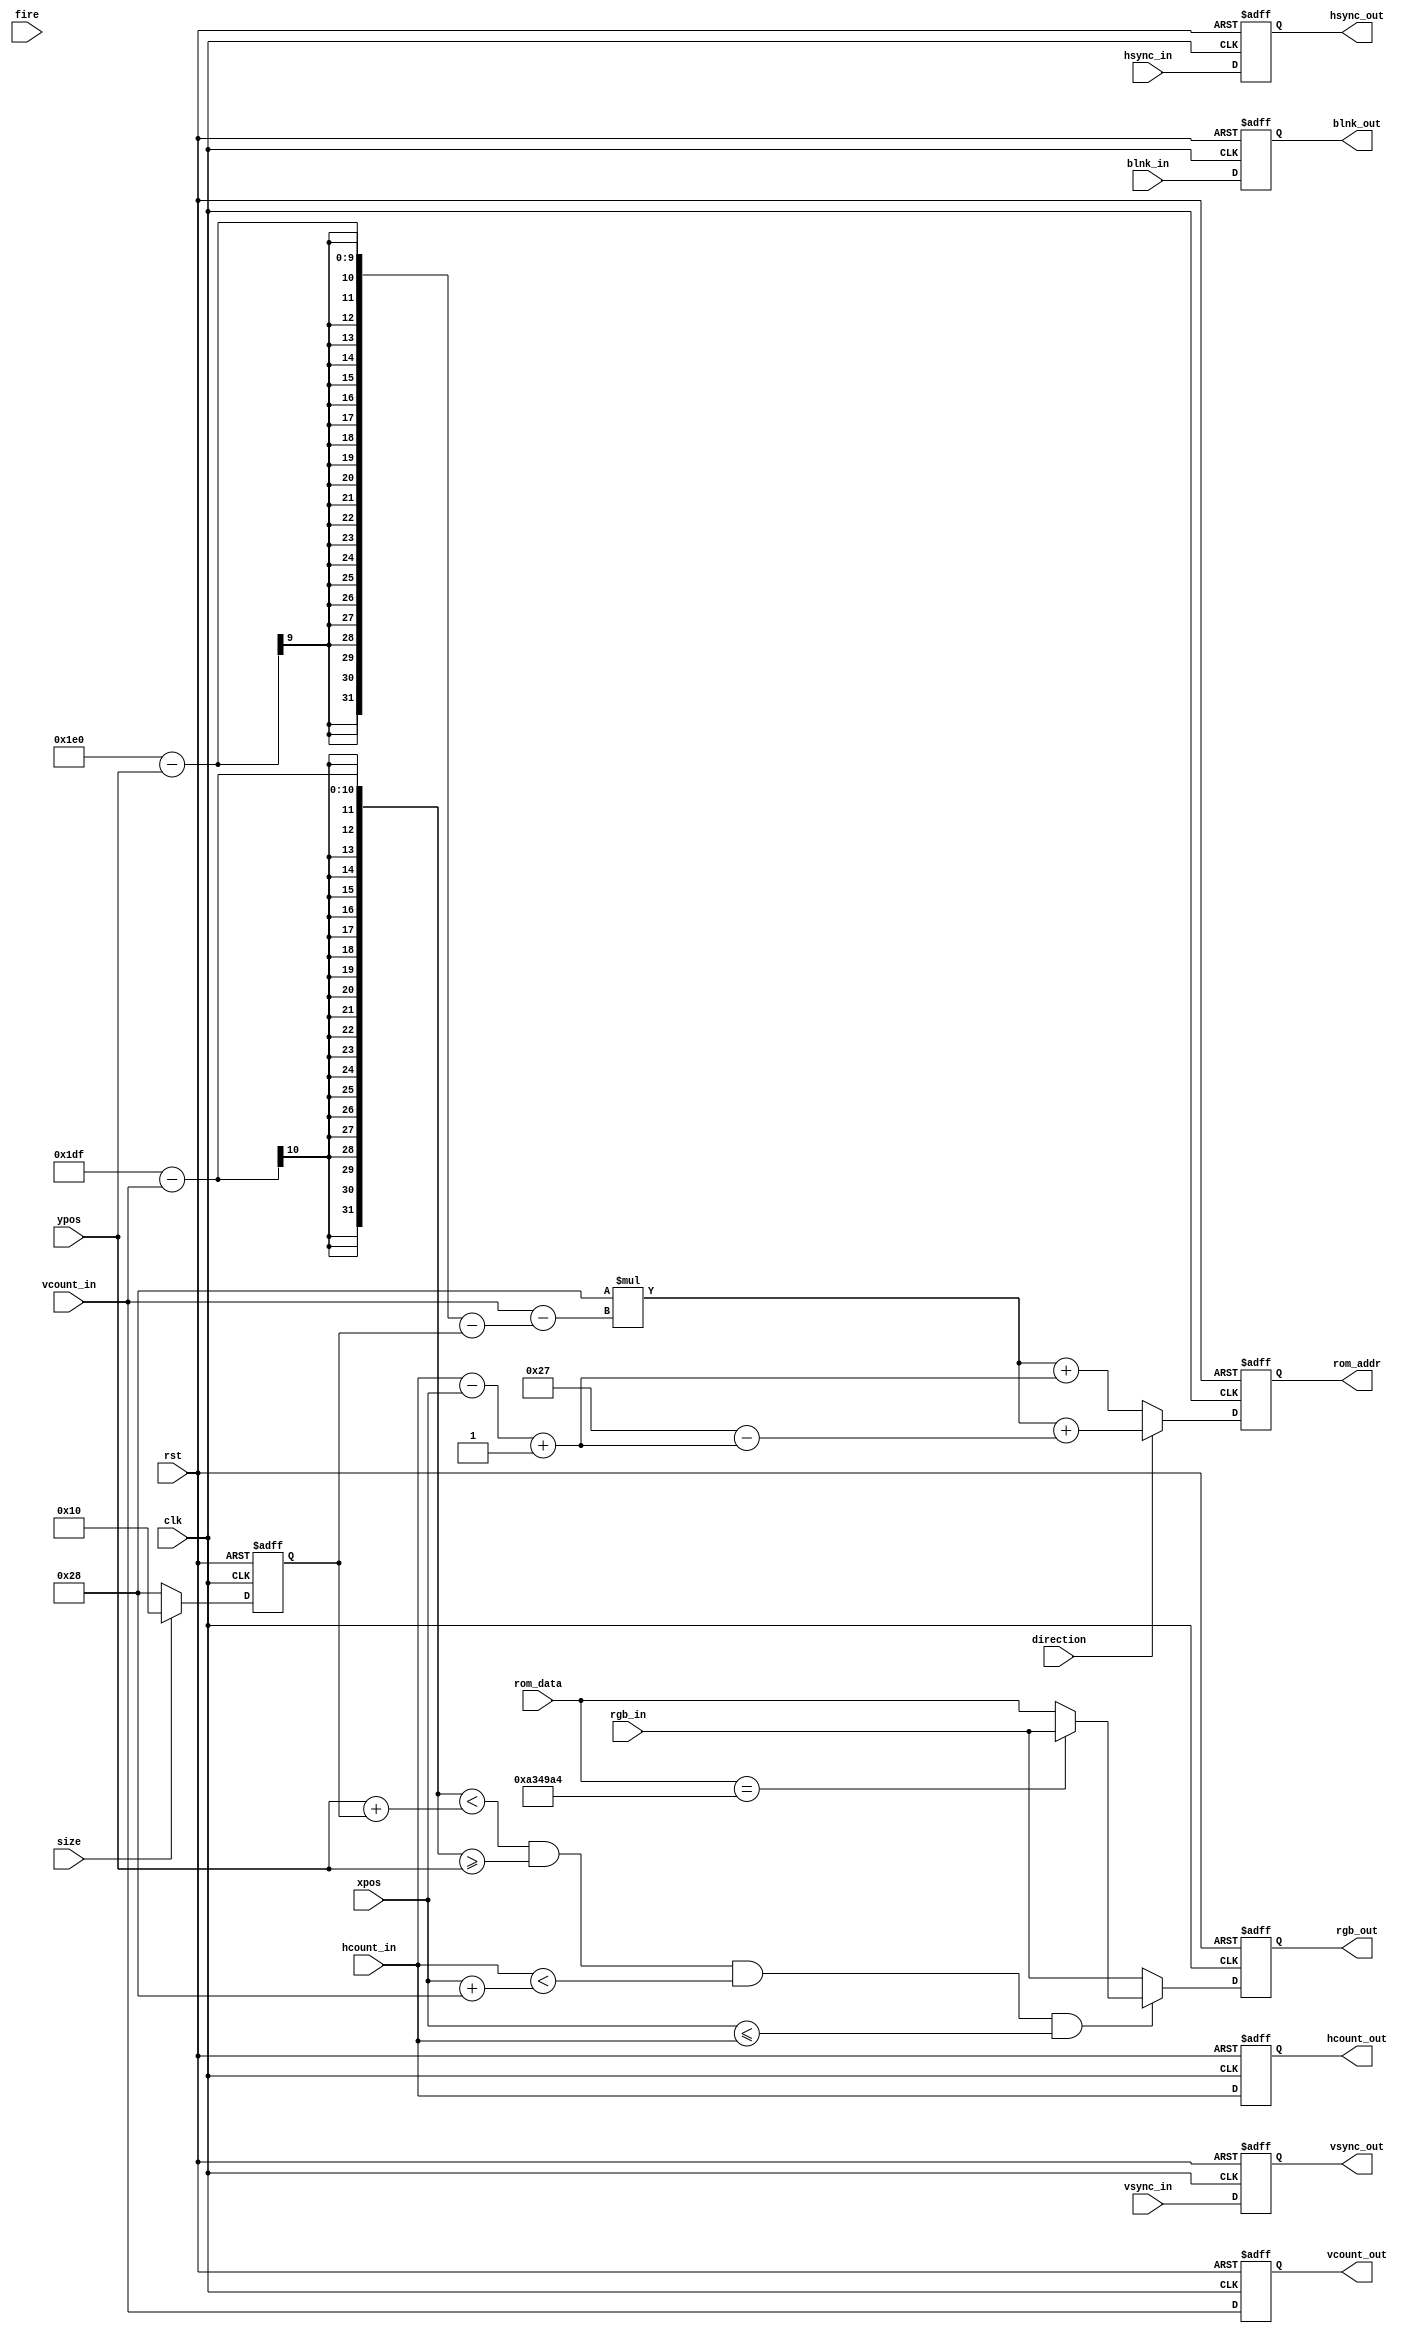
module Player
#( parameter
    SMALL   = 40,
    BIG     = 80
)
(
    input wire [9:0] xpos,
    input wire [8:0] ypos,
    input wire direction,
    input wire size,
    input wire fire,
    input wire [9:0] hcount_in,
    input wire hsync_in,
    input wire [9:0] vcount_in,
    input wire vsync_in,
    input wire blnk_in,
    input wire rst,
    input wire clk,
    input wire [23:0] rgb_in,
    input wire [23:0] rom_data,
    output reg [10:0] rom_addr,
    output reg [9:0] hcount_out,
    output reg hsync_out,
    output reg [9:0] vcount_out,
    output reg vsync_out,
    output reg [23:0] rgb_out,
    output reg blnk_out
    );
    localparam ALFA_COLOR = 24'hA3_49_A4;
    localparam YRES = 480;
    localparam PLAYER_WIDTH = 40;
    reg [5:0] player_height;
    reg [5:0] player_height_nxt;
    reg [23:0] rgb_nxt;
    reg [10:0] rom_addr_nxt;
    always @(posedge clk or posedge rst) begin
        if(rst)
            rom_addr    <= #1 0;
        else
            rom_addr    <= #1 rom_addr_nxt;
    end
    always @(posedge clk or posedge rst) begin
        if(rst) begin
            rgb_out     <= #1 0;
            hcount_out  <= #1 0;
            hsync_out   <= #1 0;
            vcount_out  <= #1 0;
            vsync_out   <= #1 0;
            blnk_out    <= #1 0;
        end
        else begin
            rgb_out     <= #1 rgb_nxt;
            hcount_out  <= #1 hcount_in;
            hsync_out   <= #1 hsync_in;         
            vcount_out  <= #1 vcount_in;
            vsync_out   <= #1 vsync_in;
            blnk_out    <= #1 blnk_in;
        end
    end
    always @* begin
        if(size)
            player_height_nxt = BIG;
        else
            player_height_nxt = SMALL;
    end
    always@(posedge clk or posedge rst) begin
        if(rst) begin
            player_height = SMALL;    
        end
        else begin
            player_height = player_height_nxt;
        end
    end
    always @* begin
        if(direction) begin
            rom_addr_nxt = PLAYER_WIDTH*(vcount_in  -(YRES - ypos - player_height)) + (PLAYER_WIDTH - 1 - (hcount_in - xpos + 1)); 
        end
        else begin
            rom_addr_nxt = PLAYER_WIDTH*(vcount_in  -(YRES - ypos - player_height)) + ((hcount_in - xpos + 1)); 
        end
    end
    always @*
      begin
        if(((YRES - 1 - vcount_in) < (ypos + player_height)) && ((YRES - 1 - vcount_in) >= ypos) && (hcount_in < (xpos+PLAYER_WIDTH) ) && ((xpos) <= hcount_in)) begin
            if(rom_data == ALFA_COLOR) 
                rgb_nxt = rgb_in;
            else
                rgb_nxt = rom_data;
        end
        else begin
            rgb_nxt = rgb_in;
        end
    end
endmodule